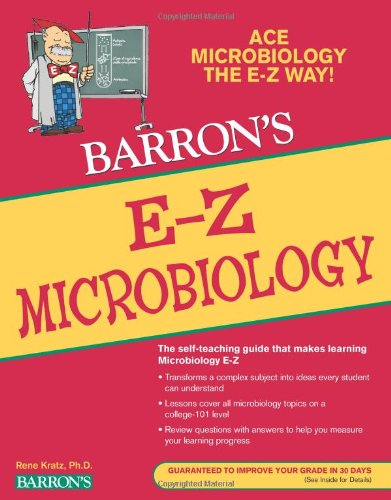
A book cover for E-Z Microbiology (Barron's E-Z Series); RenÃ© Fester Kratz; Medical Books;